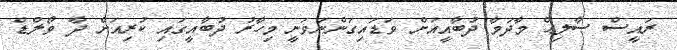
ރައީސް ޞާލިޙް މާދަމާ ދުބާއީއަށް ވަޑައިގަންނަވަނީ މިހާރު ދުބާއީގައި ކުރިއަށް ދާ ވޯލްޑް